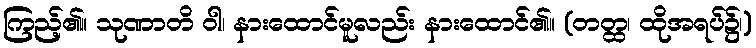
ကြည့်၏။ သုဏာတိ ဝါ၊ နားထောင်မူလည်း နားထောင်၏။ (တတ္ထ၊ ထိုအရပ်၌၊)